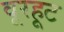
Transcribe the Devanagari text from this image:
वूरहूट